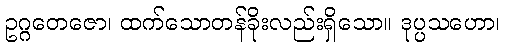
ဥဂ္ဂတေဇော၊ ထက်သောတန်ခိုးလည်းရှိသော။ ဒုပ္ပသဟော၊